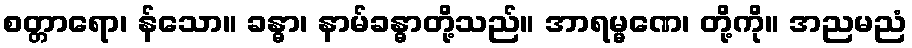
စတ္တာရော၊ န်သော။ ခန္ဓာ၊ နာမ်ခန္ဓာတို့သည်။ အာရမ္မဏေ၊ တို့ကို။ အညမညံ